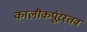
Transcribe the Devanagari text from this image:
कालीकर्पूरस्तव